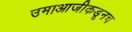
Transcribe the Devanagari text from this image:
उमाआजीकडूनच